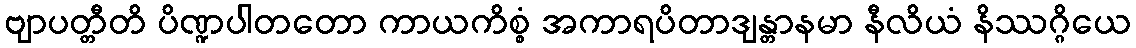
ဗျာပတ္တီတိ ပိဏ္ဍပါတတော ကာယကိစ္စံ အကာရပိတာဒျန္တာနမာ နီလိယံ နိဿဂ္ဂိယေ